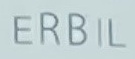
ERBIL